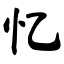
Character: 忆